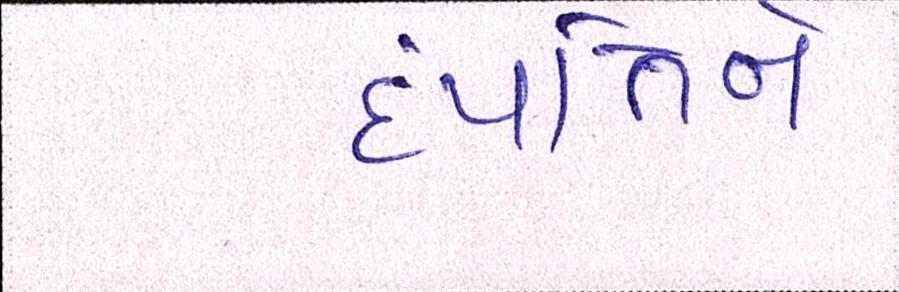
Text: દંપત્તિને